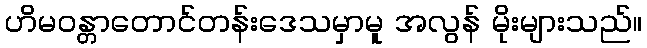
ဟိမဝန္တာတောင်တန်းဒေသမှာမူ အလွန် မိုးများသည်။